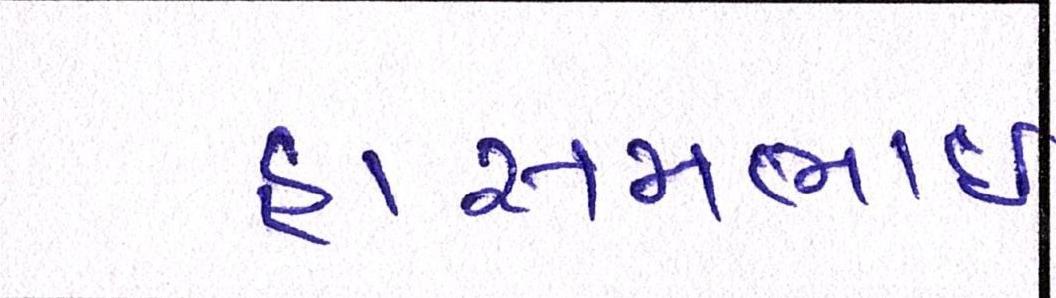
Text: હાસમભાઇ